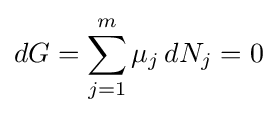
dG=\sum _{j=1}^{m}\mu _{j}\,dN_{j}=0